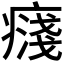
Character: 𭼥